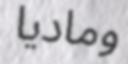
وماديا